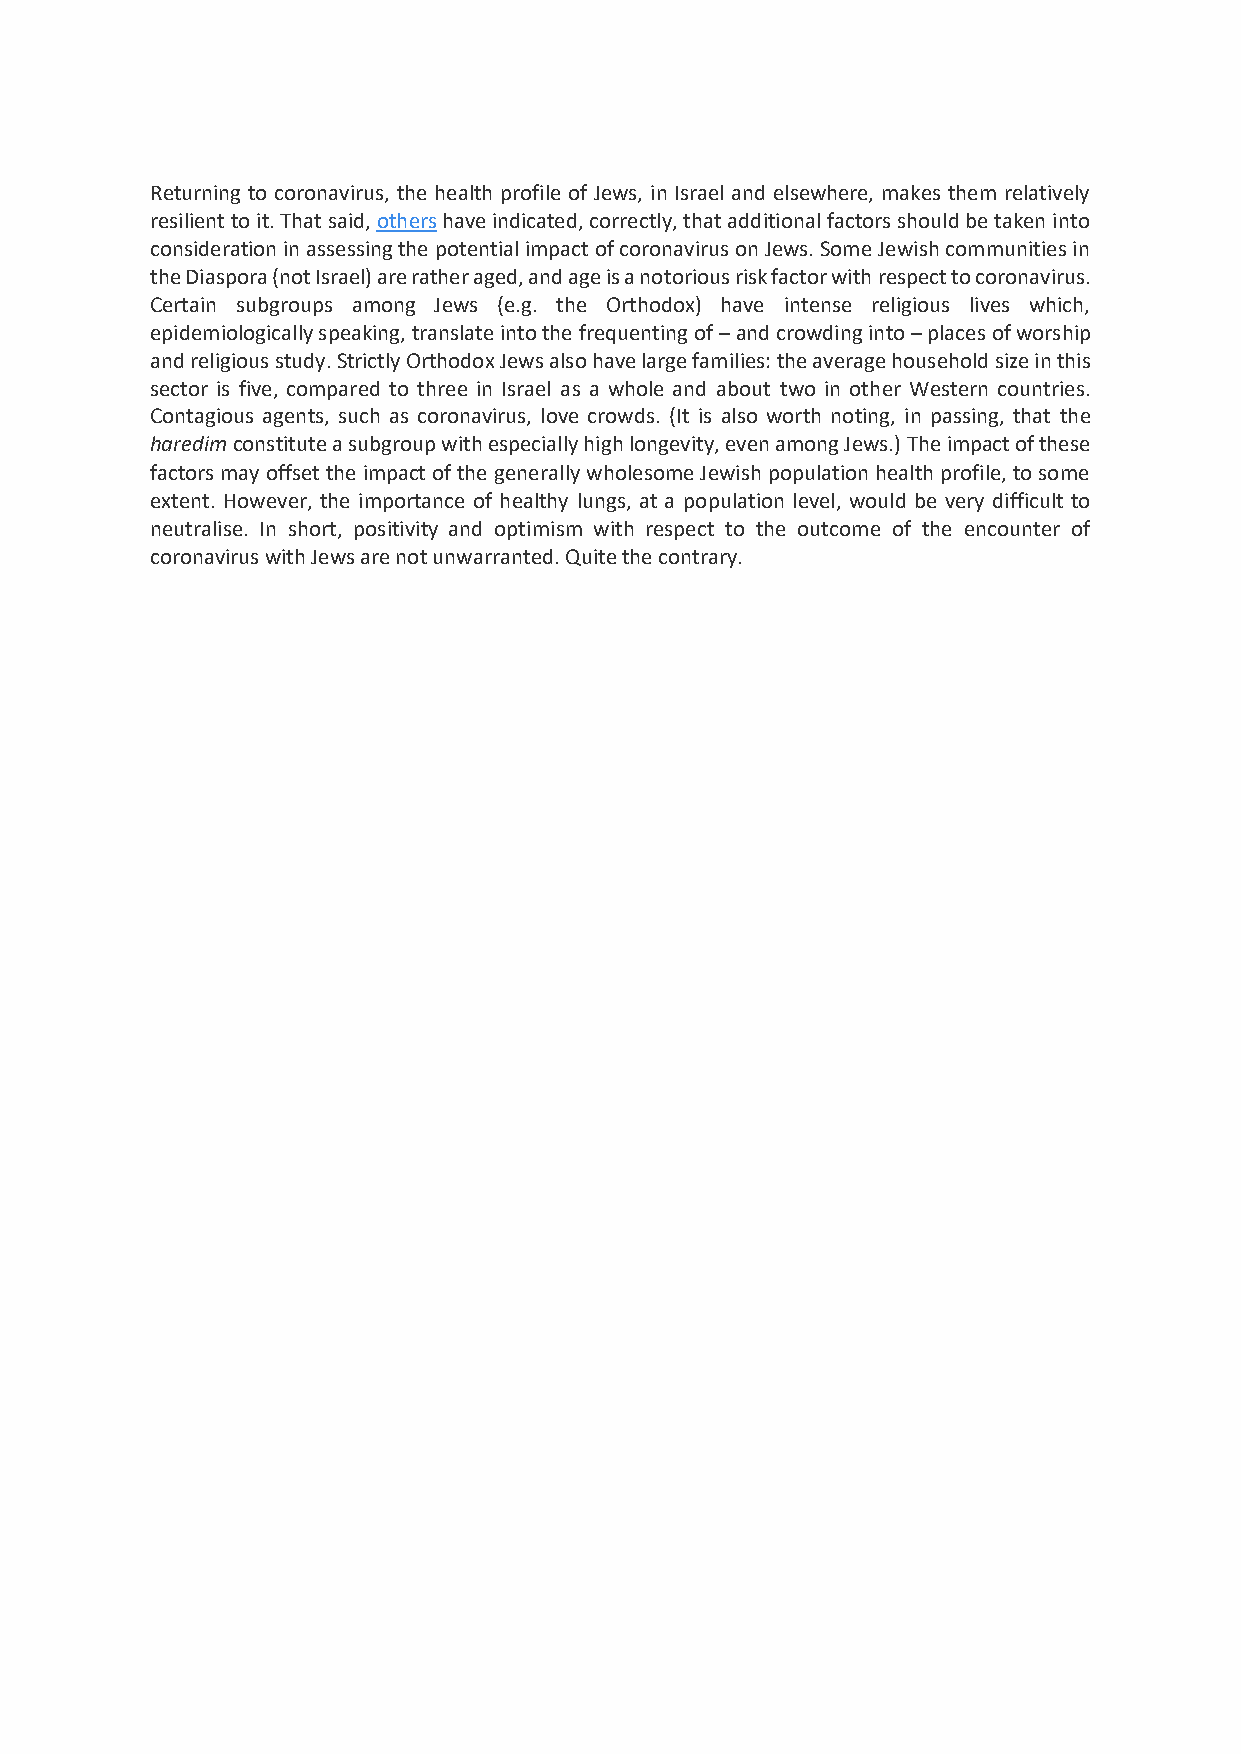
Returning to coronavirus, the health profile of Jews, in Israel and elsewhere, makes them relatively
 resilient to it. That said, others have indicated, correctly, that additional factors should be taken into
 consideration in assessing the potential impact of coronavirus on Jews. Some Jewish communities in
 the Diaspora (not Israel) are rather aged, and age is a notorious risk factor with respect to coronavirus.
 Certain subgroups among Jews (e.g. the Orthodox) have intense religious lives which,
 epidemiologically speaking, translate into the frequenting of – and crowding into – places of worship
 and religious study. Strictly Orthodox Jews also have large families: the average household size in this
 sector is five, compared to three in Israel as a whole and about two in other Western countries.
 Contagious agents, such as coronavirus, love crowds. (It is also worth noting, in passing, that the
 haredim constitute a subgroup with especially high longevity, even among Jews.) The impact of these
 factors may offset the impact of the generally wholesome Jewish population health profile, to some
 extent. However, the importance of healthy lungs, at a population level, would be very difficult to
 neutralise. In short, positivity and optimism with respect to the outcome of the encounter of
 coronavirus with Jews are not unwarranted. Quite the contrary.